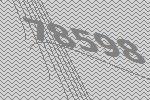
78598